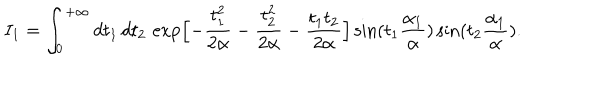
I _ { 1 } = \int _ { 0 } ^ { + \infty } d t _ { 1 } \, d t _ { 2 } \, \exp \Bigl [ - \frac { t _ { 1 } ^ { 2 } } { 2 \alpha } - \frac { t _ { 2 } ^ { 2 } } { 2 \alpha } - \frac { t _ { 1 } t _ { 2 } } { 2 \alpha } \Bigr ] \sin ( t _ { 1 } \frac { \alpha _ { 1 } } { \alpha } ) \sin ( t _ { 2 } \frac { \alpha _ { 1 } } { \alpha } ) .